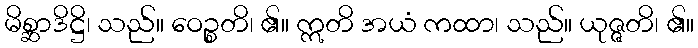
မိစ္ဆာဒိဋ္ဌိ၊ သည်။ ဝေဉ္စတိ၊ ၏။ ဣတိ အယံ ကထာ၊ သည်။ ယုဇ္ဇတိ၊ ၏။